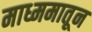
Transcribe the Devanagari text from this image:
माध्ममातून